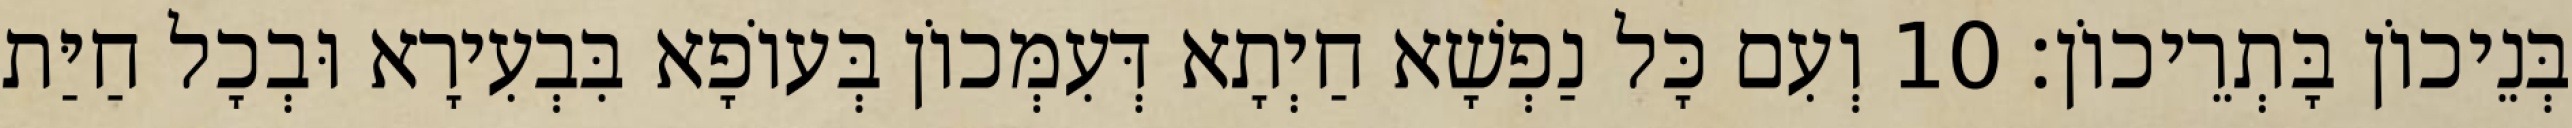
בְּנֵיכוֹן בָּתְרֵיכוֹן׃ 10 וְעִם כָּל נַפְשָׁא חַיְתָא דְּעִמְּכוֹן בְּעוֹפָא בִּבְעִירָא וּבְכָל חַיַּת